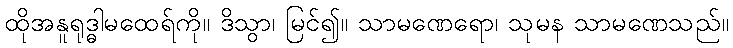
ထိုအနူရုဒ္ဓါမထေရ်ကို။ ဒိသွာ၊ မြင်၍။ သာမဏေရော၊ သုမန သာမဏေသည်။